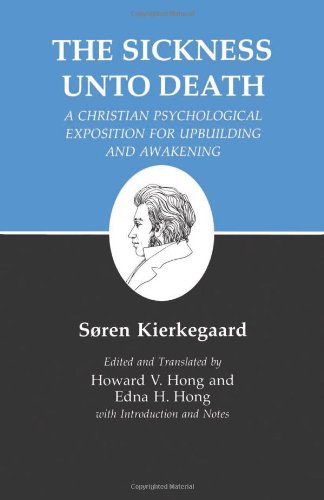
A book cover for The Sickness Unto Death: A Christian Psychological Exposition For Upbuilding And Awakening (Kierkegaard's Writings, Vol 19) (v. 19); Soren Kierkegaard; Politics & Social Sciences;